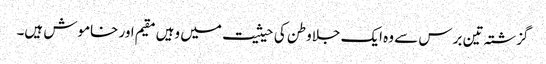
گزشتہ تین برس سے وہ ایک جلاوطن کی حیثیت میں وہیں مقیم اور خاموش ہیں۔